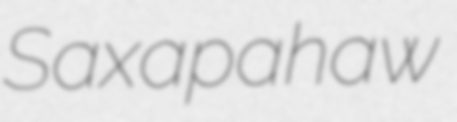
Saxapahaw